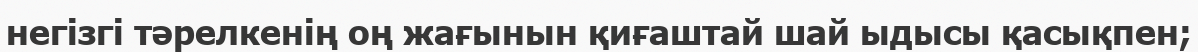
негізгі тәрелкенің оң жағынын қиғаштай шай ыдысы қасықпен;